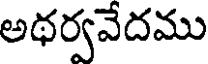
అథర్వవేదము